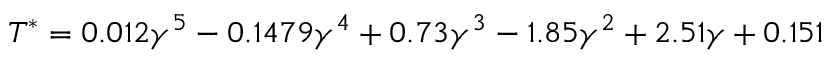
T ^ { * } = 0 . 0 1 2 \gamma ^ { 5 } - 0 . 1 4 7 9 \gamma ^ { 4 } + 0 . 7 3 \gamma ^ { 3 } - 1 . 8 5 \gamma ^ { 2 } + 2 . 5 1 \gamma + 0 . 1 5 1